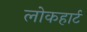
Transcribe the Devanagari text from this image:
लोकहार्ट